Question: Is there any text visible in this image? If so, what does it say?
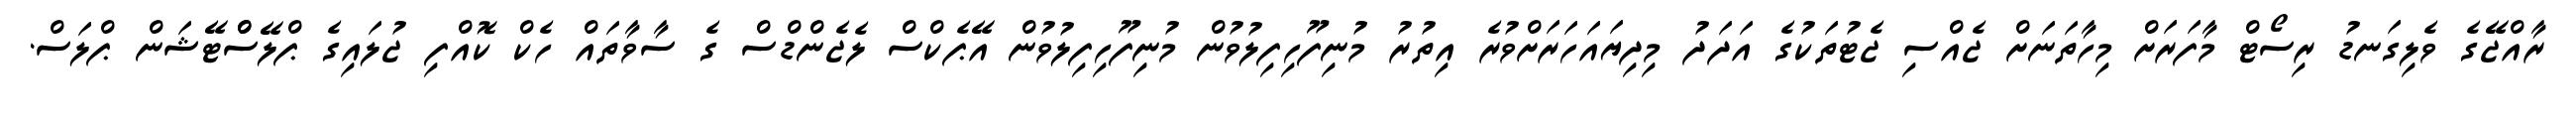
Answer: ރާއްޖޭގެ ވެލިގަނޑު ރިސޯޓް މާފަރަށް މިހާތަނަށް ޖެއްސި ޖެޓުތަކުގެ އަދަދު މިދިޔައަހަރަށްވުރެ އިތުރު މުނިފޫހިފިލުވުން މުނިފޫހިފިލުވުން އޭޕެކްސް ލެޖެންޑްސް ގެ ސާވާތައް ހެކް ކޮއްފި ޖުލައިގެ ޕްލޭސްްޓޭޝަން ޕްލަސް.